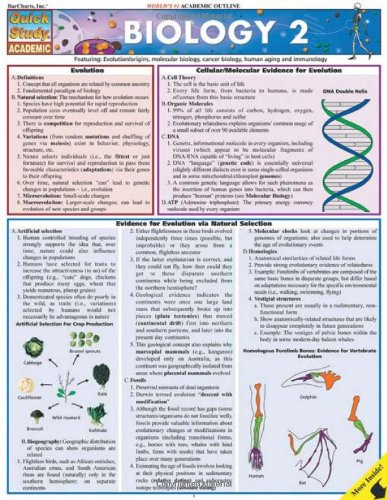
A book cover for Biology 2 (Quickstudy: Academic); Inc. BarCharts; Science & Math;